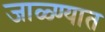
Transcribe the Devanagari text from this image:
जाळ्ण्यात